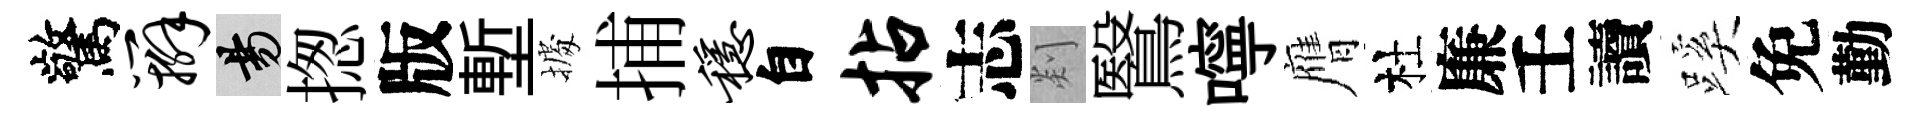
驚辫昜揔版塹𢴃捕稳自拈志剡鷖嚀膺杜廉壬讀蹊免勤